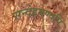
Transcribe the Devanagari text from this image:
सन्देहमण्वपि